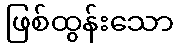
ဖြစ်ထွန်းသော